Report of the Indian Hemp Drugs Commission, 1894-1895 - Volume VI
Year: 1894
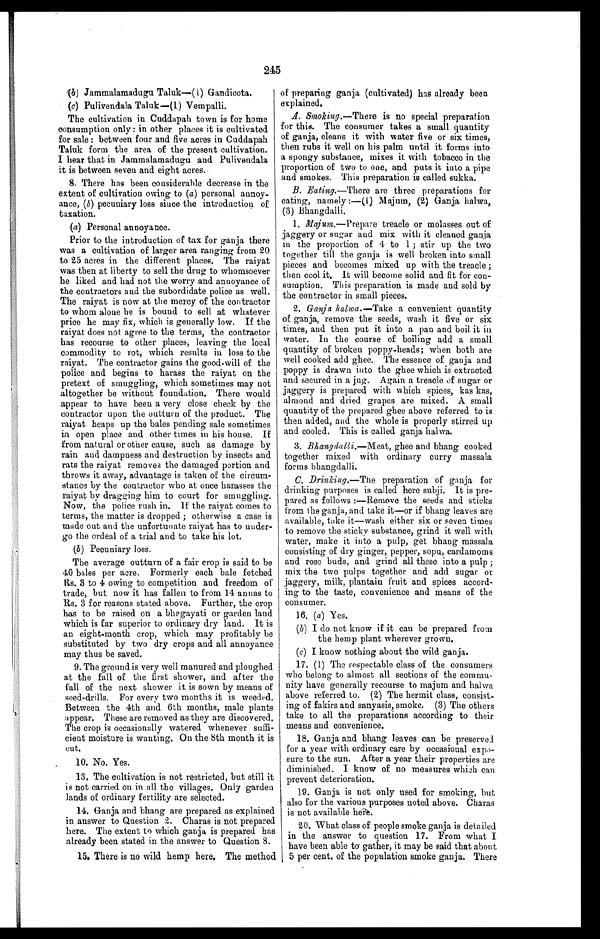
245
(b) Jammalamadugu Taluk—(1) Gandicota.
• (c) Pulivendala Taluk—(1) Vempalli.
The cultivation in Cuddapah town is for home
consumption only : in other places it is cultivated
for sale : between four and five acres in Cuddapah
Taluk form the area of the present cultivation.
I hear that in Jammalamadugu and Pulivendala
it is between seven and eight acres.
8. There has been considerable decrease in the
extent of cultivation owing to (a) personal annoy-
ance, (b) pecuniary loss since the introduction of
taxation.
(a) Personal annoyance.
Prior to the introduction of tax for ganja there
was a cultivation of larger area ranging from 20
to 25 acres in the different places. The raiyat
was then at liberty to sell the drug to whomsoever
he liked and had not the worry and annoyance of
the contractors and the subordidate police as well.
The raiyat is now at the mercy of the contractor
to whom alone he is bound to sell at whatever
price he may fix, which is generally low. If the
raiyat does not agree to the terms, the contractor
has recourse to other places, leaving the local
commodity to rot, which results in loss to the
raiyat. The contractor gains the good-will of the
police and begins to harass the raiyat on the
pretext of smuggling, which sometimes may not
altogether be without foundation. There would
appear to have been a very close check by the
contractor upon the outturn of the product. The
raiyat heaps up the bales pending sale sometimes
in open place and other times in his house. If
from natural or other cause, such as damage by
rain and dampness and destruction by insects and
rats the raiyat removes the damaged portion and
throws it away, advantage is taken of the circum-
stance by the contractor who at once harasses the
raiyat by dragging him to court for smuggling.
Now, the police rush in. if the raiyat comes to
terms, the matter is dropped ; otherwise a case is
made out and the unfortunate raiyat has to under-
go the ordeal of a trial and to take his lot.
(b) Pecuniary loss.
The average outturn of a fair crop is said to be
40 bales per acre. Formerly each bale fetched
Rs. 3 to 4 owing to competition and freedom of
trade, but now it has fallen to from 14 annas to
Rs. 3 for reasons stated above. Further, the crop
has to be raised on a bhagayati or garden land
which is far superior to ordinary dry land. It is
an eight-month crop, which may profitably be
substituted by two dry crops and all annoyance
may thus be saved.
9. The ground is very well manured and ploughed
at the fall of the first shower, and after the
fall of the next shower it is sown by means of
seed-drills. For every two months it is weeded.
Between the 4th and 6th months, male plants
appear. These are removed as they are discovered.
The crop is occasionally watered whenever suffi-
cient moisture is wanting. On the 8th mouth it is
cut.
1 0 . N o . Y e s .
13. The cultivation is not restricted, but still it
is not carried on in all the villages. Only garden
lands of ordinary fertility are selected.
14. Ganja and bhang are prepared as explained
in answer to Question 2. Charas is not prepared
here. The extent to which ganja is prepared has
already been stated in the answer to Question 8.
1 5 . T h e r e i s n o w i l d h e m p h e r e . T h e m e t h o d
of preparing ganja (cultivated) has already been
explained.
A. Smoking.—There is no special preparation
for this. The consumer takes a small quantity
of ganja, cleans it with water five or six times,
then rubs it well on his palm until it forms into
a spongy substance, mixes it with tobacco in the
proportion of two to one, and puts it into a pipe
and smokes. This preparation is called sukka.
B. Eating. —There are three preparations for
eating, namely :—(1) Majum, (2) Ganja halwa,
(3) Bhangdalli.
1. Majum.—Prepare treacle or molasses out of
jaggery or sugar and mix with it cleaned ganja
in the proportion of 4 to 1 ; stir up the two
together till the ganja is well broken into small
pieces and becomes mixed up with the treacle ;
then cool it. It will become solid and fit for con-
sumption. This preparation is made and sold by
the contractor in small pieces.
2. Ganja halwa. —Take a convenient quantity
of ganja, remove the seeds, wash it five or six
times, and then put it into a pan and boil it in
water. In the course of boiling add a small
quantity of broken poppy-heads; when both are
well cooked add ghee. The essence of ganja and
poppy is drawn into the ghee which is extracted
and secured in a jug. Again a treacle of sugar or
jaggery is prepared with which spices, kas kas,
almond and dried grapes are mixed. A small
quantity of the prepared ghee above referred to is
then added, and the whole is properly stirred up
and cooled. This is called ganja halwa.
3. Bhangdalli.—Meat, ghee and bhang cooked
together mixed with ordinary curry massala
forms bhangdalli.
C. Drinking.—The preparation of ganja for
drinking purposes is called here subji. It is pre-
pared as follows :—Remove the seeds and sticks
from the ganja, and take it—or if bhang leaves are
available, take it—wash either six or seven times
to remove the sticky substance, grind it well with
water, make it into a pulp, get bhang massala
consisting of dry ginger, pepper, sopu, cardamoms
and rose buds, and grind all these into a pulp ;
mix the two pulps together and add sugar or
jaggery, milk, plantain fruit and spices accord-
ing to the taste, convenience and means of the
consumer.
16. (a) Yes.
(b) I do not know if it can be prepared from
the hemp plant wherever grown.
(c) I know nothing about the wild ganja.
17. (1) The respectable class of the consumers
who belong to almost all sections of the commu-
nity have generally recourse to majum and halwa
above referred to. (2) The hermit class, consist-
ing of fakirs and sanyasis, smoke. (3) The others
• take to all the preparations according to their
means and convenience.
18. Ganja and bhang leaves can be preserved
for a year with ordinary care by occasional expo-
sure to the sun. After a year their properties are
diminished. I know of no measures which can
prevent deterioration.
19. Ganja is not only used for smoking, but
also for the various purposes noted above. Charas
is not available here.
20. What class of people smoke ganja is detailed
in the answer to question 17. From what I
have been able to gather, it may be said that about
5 per cent. of the population smoke ganja. There